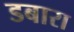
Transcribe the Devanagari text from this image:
डबारा